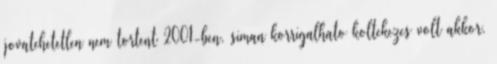
jovatehetetlen nem tortent 2001-ben, siman korrigalhato koltekezes volt akkor.